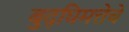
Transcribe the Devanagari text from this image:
बुद्घिमत्तेचे